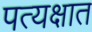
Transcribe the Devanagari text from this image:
पत्यक्षात